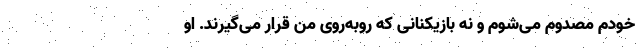
خودم مصدوم می‌شوم و نه بازیکنانی که روبه‌روی من قرار می‌گیرند. او